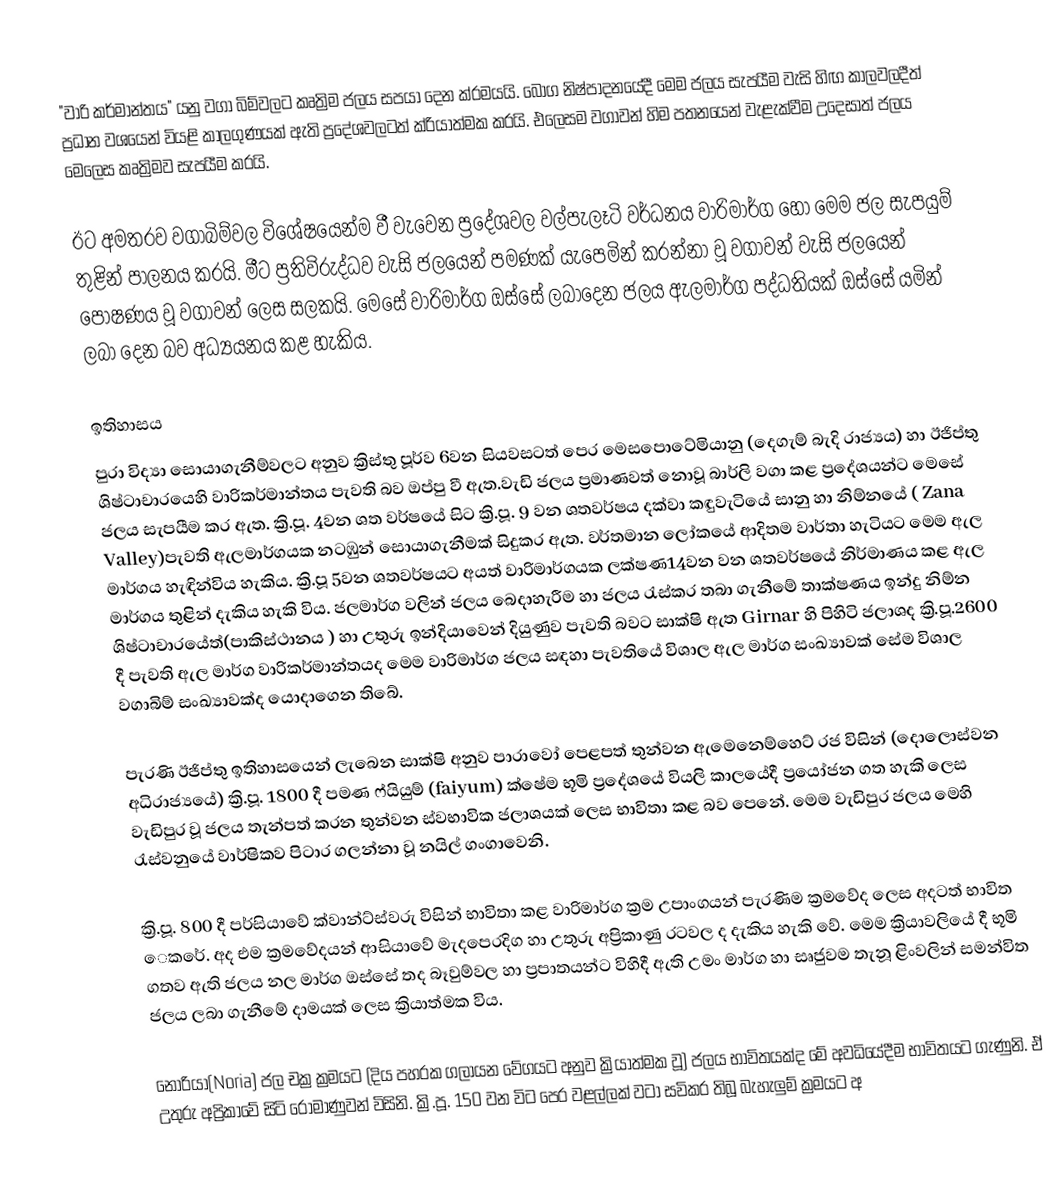
"වාරි කර්මාන්තය" යනු වගා බිම්වලට කෘත්‍රිම ජලය සපයා දෙන ක්රමයයි. බෝග නිෂ්පාදනයේදී මෙම ජලය සැපයීම වැසි හිඟ කාලවලදීත් ප්‍රධාන වශයෙන් වියළි කාලගුණයක් ඇති ප්‍රදේශවලටත් ක්රියාත්මක කරයි. එලෙසම වගාවන් හිම පතනයෙන් වැළැක්වීම උදෙසාත් ජලය මෙලෙස කෘත්‍රිමව සැපයීම කරයි.

ඊට අමතරව වගාබිම්වල විශේෂයෙන්ම වී වැවෙන ප්‍රදේශවල වල්පැලෑටි වර්ධනය වාරිමාර්ග හෝ මෙම ජල සැපයුම් තුළින් පාලනය කරයි. මීට ප්‍රතිවිරුද්ධව වැසි ජලයෙන් පමණක් යැපෙමින් කරන්නා වූ වගාවන් වැසි ජලයෙන් පෝෂණය වූ වගාවන් ලෙස සලකයි. මෙසේ වාරිමාර්ග ඔස්සේ ලබාදෙන ජලය ඇලමාර්ග පද්ධතියක් ඔස්සේ යමින් ලබා දෙන බව අධ්‍යයනය කළ හැකිය.

ඉතිහාසය
පුරා විද්‍යා සොයාගැනීම්වලට අනුව ක්‍රිස්තු පූර්ව 6වන සියවසටත් පෙර මෙසපොටේමියානු (දෙගැම් බැදි රාජ්‍යය) හා ඊජිප්තු ශිෂ්ටාචාරයෙහි වාරිකර්මාන්තය පැවති බව ඔප්පු වී ඇත.වැඩි ජලය ප්‍රමාණවත් නොවූ බාර්ලි වගා කළ ප්‍රදේශයන්ට මෙසේ ජලය සැපයීම කර ඇත. ක්‍රි.පූ. 4වන ශත වර්ෂයේ සිට ක්‍රි.පූ. 9 වන ශතවර්ෂය දක්වා කඳුවැටියේ සානු හා නිම්නයේ ( Zana Valley)පැවති ඇලමාර්ගයක නටඹුන් සොයාගැනීමක් සිදුකර ඇත. වර්තමාන ලෝකයේ ආදිතම වාර්තා හැටියට මෙම ඇල මාර්ගය හැඳින්විය හැකිය. ක්‍රි.පූ 5වන ශතවර්ෂයට අයත් වාරිමාර්ගයක ලක්ෂණ14වන වන ශතවර්ෂයේ නිර්මාණය කළ ඇල මාර්ගය තුළින් දැකිය හැකි විය. ජලමාර්ග වලින් ජලය බෙදාහැරීම හා ජලය රැස්කර තබා ගැනීමේ තාක්ෂණය ඉන්දු නිම්න ශිෂ්ටාචාරයේත්(පාකිස්ථානය ) හා උතුරු ඉන්දියාවෙන් දියුණුව පැවති බවට සාක්ෂි ඇත Girnar හි පිහිටි ජලාශද ක්‍රි.පූ.2600 දී පැවති ඇල මාර්ග වාරිකර්මාන්තයද මෙම වාරිමාර්ග ජලය සඳහා පැවතියේ විශාල ඇල මාර්ග සංඛ්‍යාවක් සේම විශාල වගාබිම් සංඛ්‍යාවක්ද යොදාගෙන තිබේ.

පැරණි ඊජිප්තු ඉතිහාසයෙන් ලැබෙන සාක්ෂි අනුව පාරාවෝ පෙළපත් තුන්වන ඇමෙනෙම්හෙට් රජ විසින් (දොලොස්වන අධිරාජ්‍යයේ) ක්‍රි.පූ. 1800 දී පමණ ෆ්යියුම් (faiyum) ක්ෂේම භූමි  ප්‍රදේශයේ වියලි කාලයේදී ප්‍රයෝජන ගත හැකි ලෙස වැඩිපුර වූ ජලය තැන්පත් කරන තුන්වන ස්වභාවික ජලාශයක් ලෙස භාවිතා කළ බව පෙනේ. මෙම වැඩිපුර ජලය මෙහි රැස්වනුයේ වාර්ෂිකව පිටාර ගලන්නා වූ නයිල් ගංගාවෙනි.

ක්‍රි.පූ. 800 දී පර්සියාවේ ක්වාන්ට්ස්වරු විසින් භාවිතා කළ වාරිමාර්ග ක්‍රම උපාංගයන් පැරණිම ක්‍රමවේද ලෙස අදටත් භාවිත ‍ෙකරේ. අද එම ක්‍රමවේදයන් ආසියාවේ මැදපෙරදිග හ‍ා උතුරු අප්‍රිකාණු රටවල ද  දැකිය හැකි වේ. මෙම ක්‍රියාවලියේ දී භූමි ගතව ඇති ජලය නල මාර්ග ඔස්සේ තද බෑවුම්වල හා ප්‍රපාතයන්ට විහිදී ඇති උමං මාර්ග හා සෘජුවම තැනූ ළිංවලින් සමන්විත ජලය ලබා ගැනීමේ දාමයක් ලෙස ක්‍රියාත්මක විය.

නොරියා(Noria) ජල චක්‍ර ක්‍රමයට (දිය පහරක ගලායන වේගයට අනුව ක්‍රියාත්මක වූ) ජලය භාවිතයක්ද මේ අවධියේදීම භාවිතයට ගැණුනි. ඒ උතුරු අප්‍රිකාවේ සිටි රෝමාණුවන් විසිනි. ක්‍රි.පූ. 150 වන විට පෙර වළල්ලක් වටා සවිකර තිබූ බැහැලුම් ක්‍රමයට අ